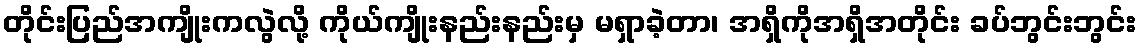
တိုင်းပြည်အကျိုးကလွဲလို့ ကိုယ်ကျိုးနည်းနည်းမှ မရှာခဲ့တာ၊ အရှိကိုအရှိအတိုင်း ခပ်ဘွင်းဘွင်း